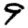
Digit: 9